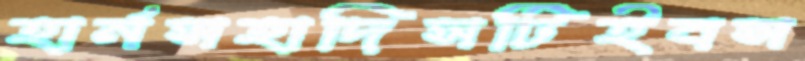
হার্নসহাদিসটিইবস